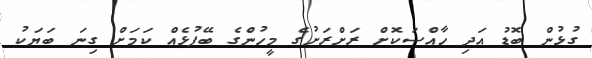
ގުޅުން ބޮޑު އަދި ހާއްސަކޮށް ރަށްރަށުގެ މީހުންެގެ ބޭފުޅެއް ކަމަށް ގިނަ ބަޔަކު